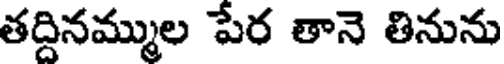
తద్దినమ్ముల పేర తానె తినును